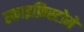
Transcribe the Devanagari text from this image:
स्काइफ़िस्टोमे